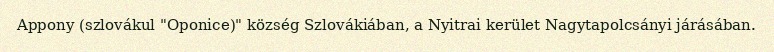
Appony (szlovákul "Oponice)" község Szlovákiában, a Nyitrai kerület Nagytapolcsányi járásában.